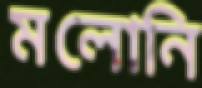
মলোনি